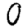
Digit: 0